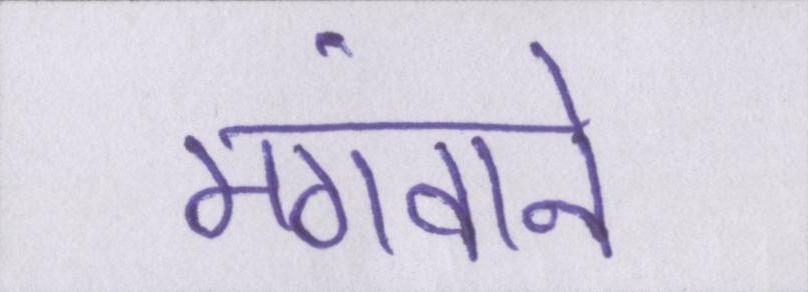
मंगवाने